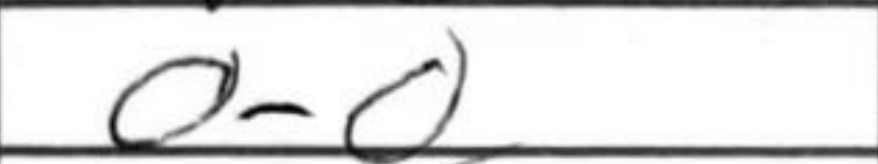
Transcription: O-O